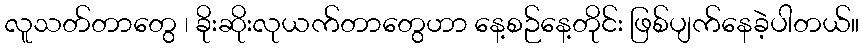
လူသတ်တာတွေ ၊ ခိုးဆိုးလုယက်တာတွေဟာ နေ့စဉ်နေ့တိုင်း ဖြစ်ပျက်နေခဲ့ပါတယ်။